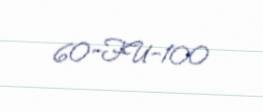
60-FU-100